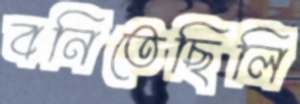
বনিতেছিলি